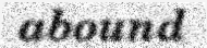
abound